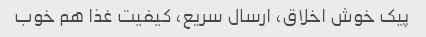
پیک خوش اخلاق، ارسال سریع، کیفیت غذا هم خوب